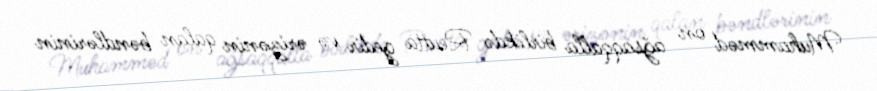
Muhamməd on ağsaqqalla birlikdə Reutta gedir və ərizənin qalan bəndlərinin